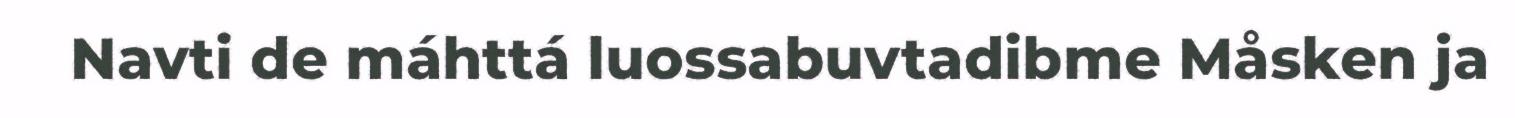
Navti de máhttá luossabuvtadibme Måsken ja